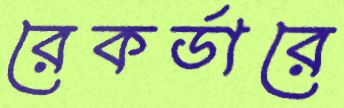
রেকর্ডারে